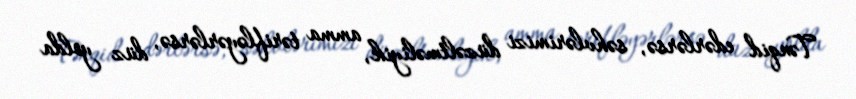
Tənqid edərlərsə, səhvlərimizi düzəltməliyik, amma tərifləyərlərsə, düz yolda